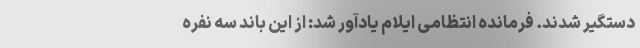
دستگیر شدند. فرمانده انتظامی ایلام یادآور شد: از این باند سه نفره